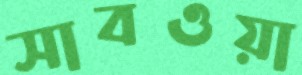
সাবওয়া